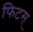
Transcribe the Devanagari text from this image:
फिटस्‌